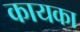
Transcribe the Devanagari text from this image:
कायका